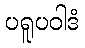
ပရူပဝါဒံ